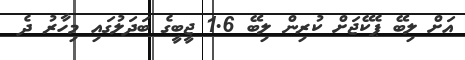
އަށް ލިބޭ ޕެކޭޖަށް ކުރިން ލިބޭ 1.6 ޖީބީގެ ބަދަލުގައި މިހާރު ދެ